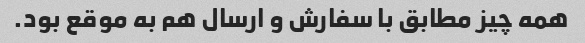
همه چیز مطابق با سفارش و ارسال هم به موقع بود.